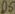
Text: D5